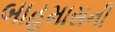
બાહમાસની